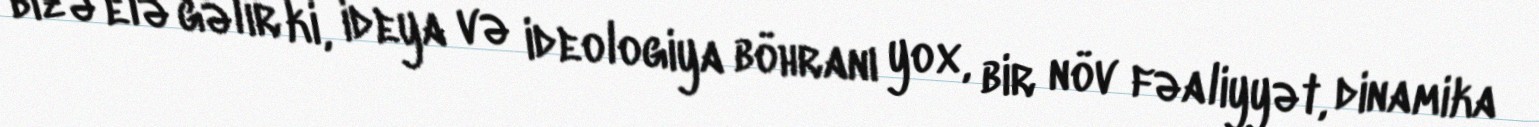
bizə elə gəlir ki, ideya və ideologiya böhranı yox, bir növ fəaliyyət, dinamika